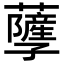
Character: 𧃯